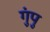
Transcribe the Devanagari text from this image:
गुंपु